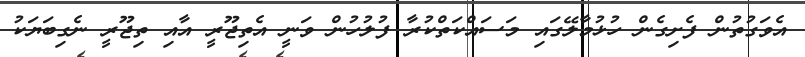
އެވަގުތުން ފެށިގެން ހުޅުމާލޭގައި މަސައްކަތްކުރާ ފުލުހުން ވަނީ އެތިޖޫރީ އާއި ތިޖޫރީ ނެގިބަޔަކު